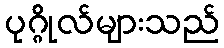
ပုဂ္ဂိုလ်များသည်